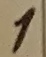
Text: 1